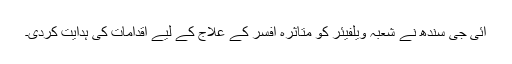
آئی جی سندھ نے شعبہ ویلفیئر کو متاثرہ افسر کے علاج کے لیے اقدامات کی ہدایت کردی۔